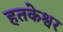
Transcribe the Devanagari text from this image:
हतकेश्वर